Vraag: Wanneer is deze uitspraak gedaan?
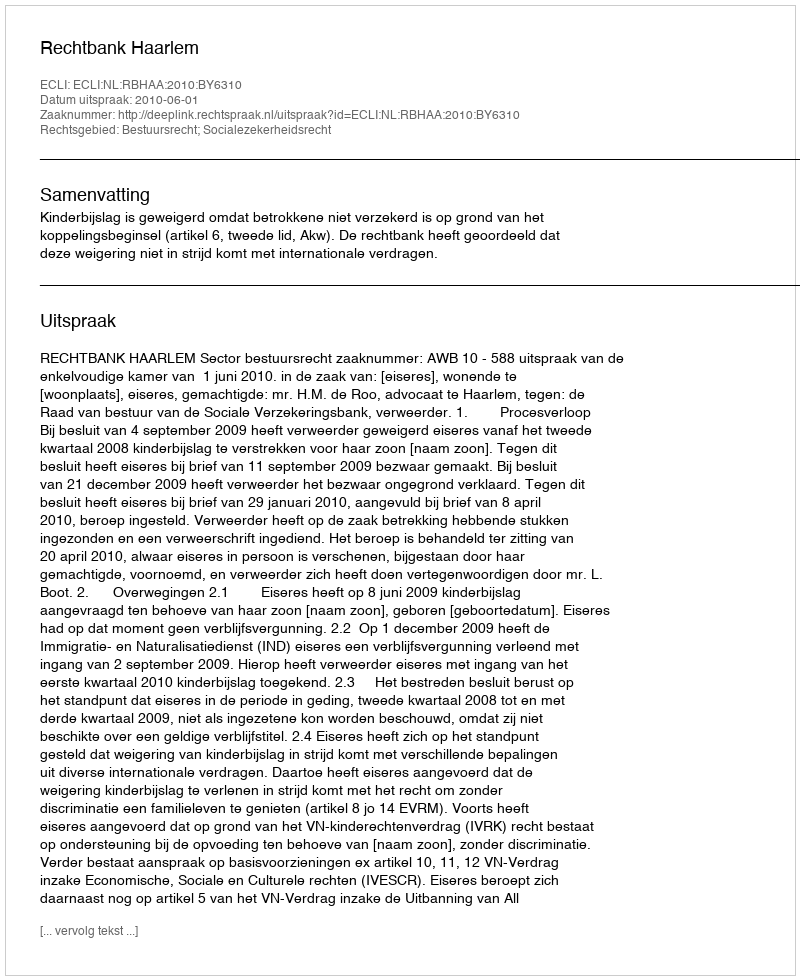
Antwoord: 2010-06-01